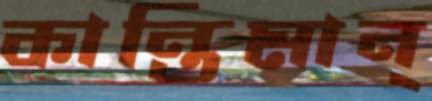
কান্তিমান্‌